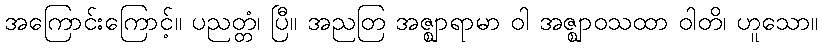
အကြောင်းကြောင့်။ ပညတ္တံ၊ ပြီ။ အညတြ အဇ္ဈာရာမာ ဝါ အဇ္ဈာဝသထာ ဝါတိ၊ ဟူသော။